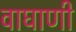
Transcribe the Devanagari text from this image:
वाघाणी